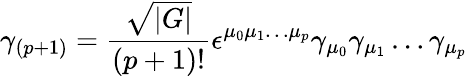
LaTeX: \gamma_{(p+1)}=\frac{\sqrt{|G|}}{(p+1)!}\epsilon^{\mu_{0}\mu_{1}\ldots\mu_{p}}\gamma_{\mu_{0}}\gamma_{\mu_{1}}\ldots\gamma_{\mu_{p}}